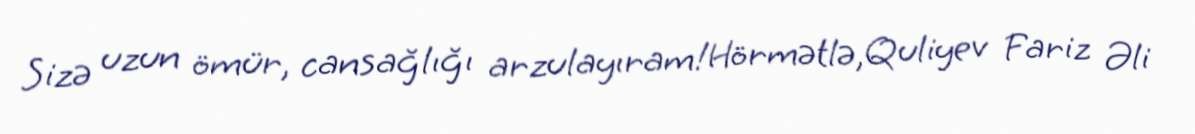
Sizə uzun ömür, cansağlığı arzulayıram!Hörmətlə,Quliyev Fariz Əli